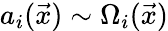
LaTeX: a_{i}(\vec{x})\sim\Omega_{i}(\vec{x})